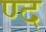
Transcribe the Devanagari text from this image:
ण्द